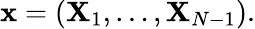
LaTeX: \mathbf{x}=({\mathbf{{X}}}_{1},\ldots,{\mathbf{{X}}}_{N-1}).